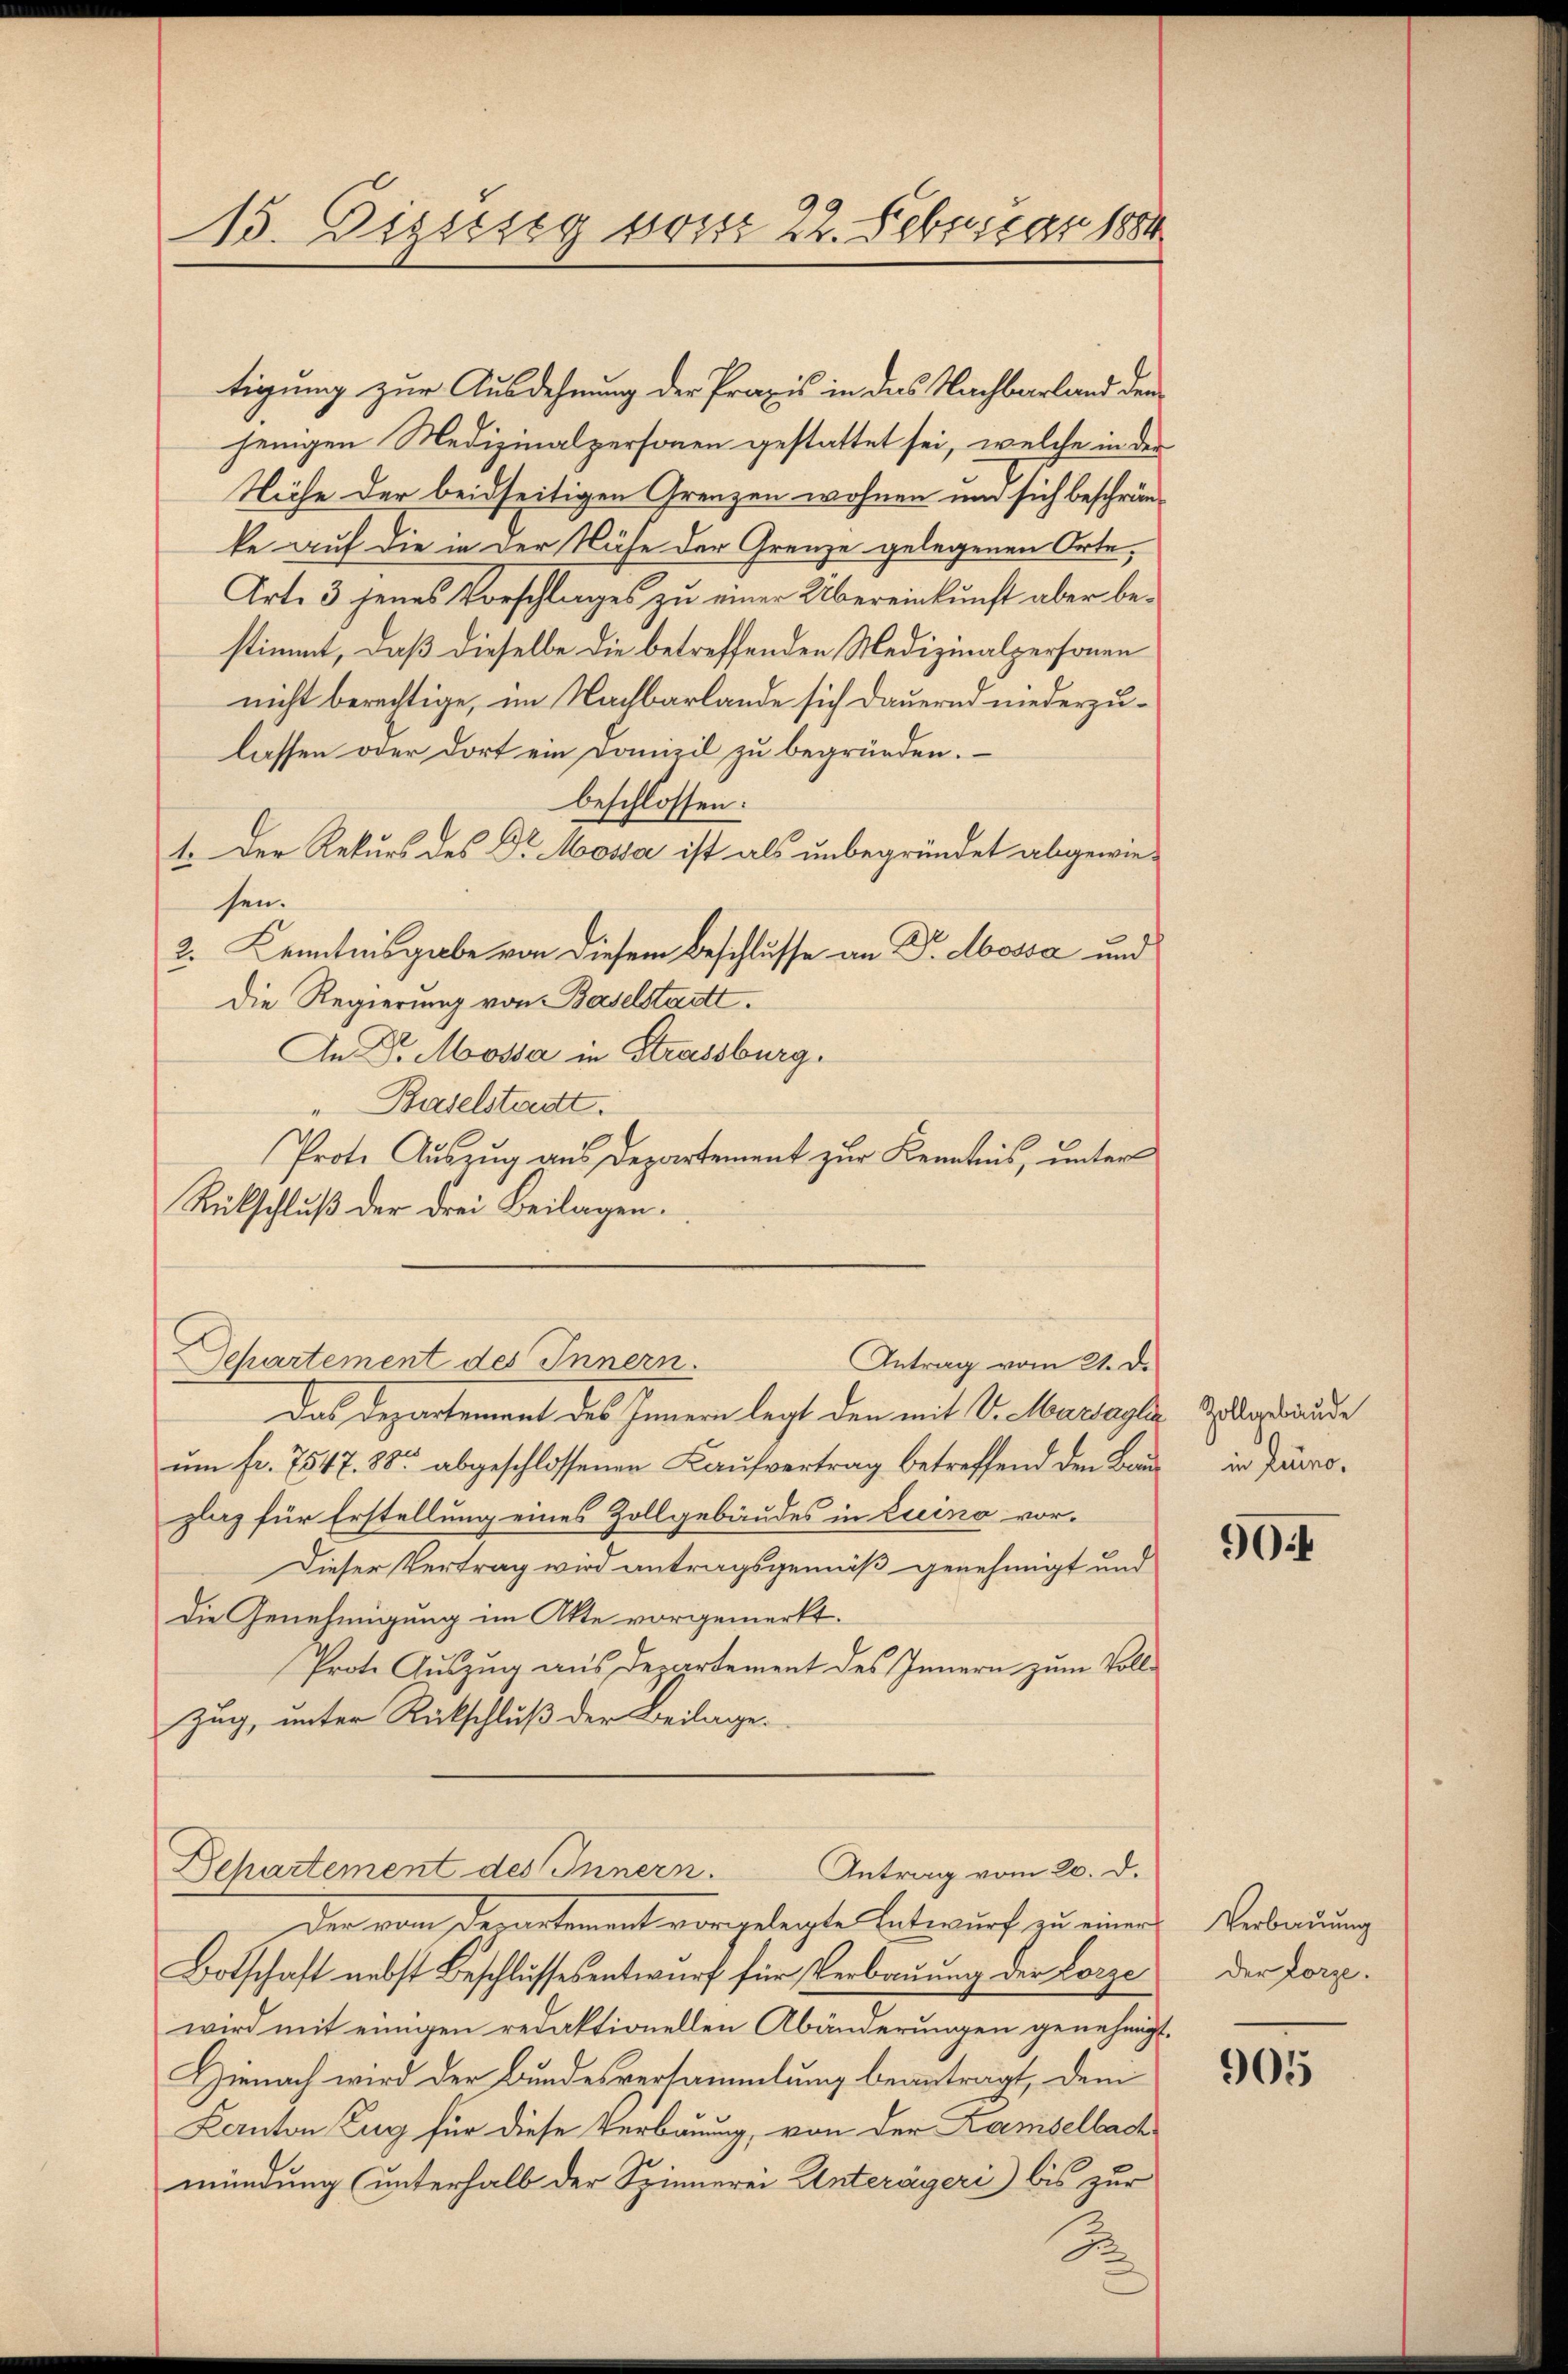
13. Distieg von 22. Februar 1884

tigung zur Ausdehnung der Praxis in das Nachbarland den
jenigen Medizinalpersonen gestattet sei, welche in der
Nähe der beidseitigen Grenzen wohnen um sich beschrän-
ke auf die in der Nähe der Grenze gelegenen Orte,
Art. 3 jenes Vorschlages zu einer Übereinkunft aber bestimmt, daß dieselbe die betreffenden Medizinalpersonen
nicht berechtige, im Nachbarlande sich dauernd niederzulassen oder dort ein Domizil zu begründen.
beschlossen:
1. Der Rekurs des Dr Mossa ist als unbegründet abgewie-
sen.
2. Kenntnisgabe von diesem Beschlusse an Dr. Abossa und
Die Regierung von Baselstadtt.
An Dr. Mossa in Strassburg.
Baselstadt.
Prote Auszug aus Departement zur Kenntnis, unter
Rückschluß der drei Beilagen.
Separtement des Innern.
Antrag vom 21. d.
Das Departement des Innern legt den mit Dr. Martagler Zelgebäude
ŭm fr. 7547. 88. abgeschlossenen Kaŭfvertrag betreffend den Bau in Proplaz für Erstellung eines Zollgebäudes in Luino vor¬
Dieser Vertrag wird antragsgemäß genehmigt und
Die Genehmigung im Akte vorgemerkt.
Prote Auszug aus Departement des Innern zum Vollzug, unter Rückschluß der Beilage.

Dchartement des Innern.
Antrag vom 20. d.

Der vom Departement vorgelegte Entwurf zu einer
Botschaft nebst Beschlussesentwurf für Verbauung der Lorze
wird mit einigen redaktionellen Abänderungen genehmigt.
Hienach wird der Bundesversammlung beantragt, dem
Kanton Zug für diese Verbauung, von der Lamselbach
mündung (unterhalb der Spinnerei Unterägeri bis zur

904

Verbauung
Der Lorze.

905